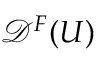
{ \mathcal { D } } ^ { F } ( U )